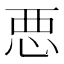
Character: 𢙣